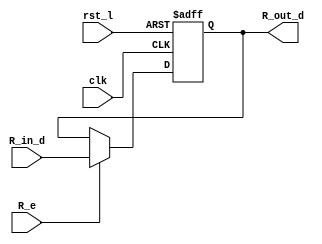
`timescale 1ns / 1ps
//////////////////////////////////////////////////////////////////////////////////
// Company: 
// Engineer: 
// 
// Design Name: 
// Module Name: Reg
// Project Name: 
// Target Devices: 
// Tool Versions: 
// Description: 
// 
// Dependencies: 
// 
// Revision:
// Revision 0.01 - File Created
// Additional Comments:
// 
//////////////////////////////////////////////////////////////////////////////////


module Reg(
input clk,//
input rst_l,//
input [31:0]R_in_d,//
input R_e,//

output reg [31:0]R_out_d //

    );
 //32
 //*******************************************loginc Implementation***********************************************//
       always@(posedge clk,negedge rst_l)
        if(!rst_l)
             R_out_d<=32'h0;
        else    if(R_e)
                   R_out_d<=R_in_d;
                else
                     R_out_d<=R_out_d;
endmodule